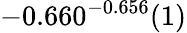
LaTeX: -0.660^{-0.656}(1)